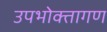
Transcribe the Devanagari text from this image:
उपभोक्तागण